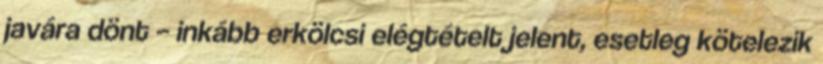
javára dönt – inkább erkölcsi elégtételt jelent, esetleg kötelezik